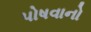
પોષવાનો